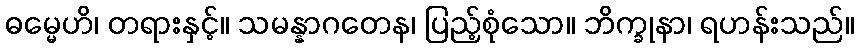
ဓမ္မေဟိ၊ တရားနှင့်။ သမန္နာဂတေန၊ ပြည့်စုံသော။ ဘိက္ခုနာ၊ ရဟန်းသည်။